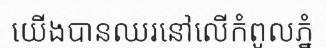
យើងបានឈរនៅលើកំពូលភ្នំ